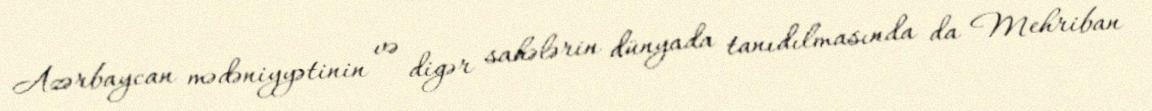
Azərbaycan mədəniyyətinin və digər sahələrin dünyada tanıdılmasında da Mehriban